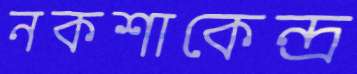
নকশাকেন্দ্র